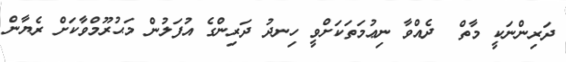
ދަރިންނަކީ މާތް  ދެއްވާ ނިޢުމަތަކަށްވީ ހިނދު ދަރިންގެ އުފަލުން މަޙުރޫމްވާކަށް ރެޔާން